Lunatic asylums United Provinces 1899-1908 - 1899-1908
Year: 1899
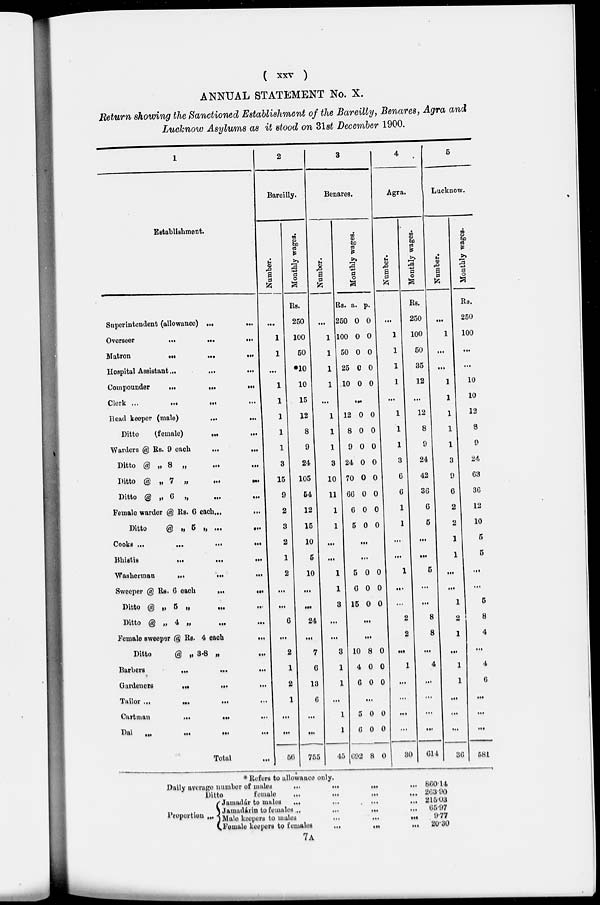
(
xxv
)
ANNUAL STATEMENT No. X.
Return showing the Sanctioned Establishment of the Bareilly, Benares, Agra and
Lucknow Asylums as it stood on 31st December 1900.
1
Establishment.
Superintendent (allowance) ...
...
Overseer
…
... …
Matron … … …
Hospital Assistant ...
... …
Compounder
... … …
Clerk ...
…
... …
Head keeper (male)
...
...
Ditto
(female)
…
...
Warders @ Rs. 9
each
... …
Ditto @ „ 8 „ …
Ditto @ „ 7 „
... …
Ditto @ „ 6 „ … …
Female warder @ Rs. 6 each... …
Ditto
@ „ 5 „ ...
...
Cooks ...
...
…
...
Bhistis
...
...
...
Washerman
...
... …
Sweeper @ Rs. 6 each … …
Ditto @ „ 5 „ … …
Ditto @ „ 4 „ … …
Female sweeper @ Rs. 4
each
...
Ditto
@ „ 3.8 „ …
Barbers … … …
Gardeners … … …
Tailor ...
Cartman
... … …
Dai … … … …
Total …
2
Bareilly.
Number.
…
1
1
...
1
1
1
1
1
3
15
9
2
3
2
1
2
…
...
6
...
2
1
2
1
…
…
56
Monthly wages.
Rs.
250
100
50
*10
10
15
12
8
9
24
105
54
12
15
10
5
10
…
…
24
...
7
6
13
6
...
...
755
3
Benares.
Number.
...
1
1
1
1
...
1
1
1
3
10
11
1
1
...
...
1
1
3
...
…
3
1
1
...
1
1
45
Monthly wages.
Rs.
250
100
50
25
10
a.
0
0
0
0
0
p.
0
0
0
0
0
…
12
8
9
24
70
66
6
5
0
0
0
0
0
0
0
0
0
0
0
0
0
0
0
0
...
...
5
6
15
0
0
0
0
0
0
...
...
10
4
6
8
0
0
0
0
0
...
5
6
692
0
0
8
0
0
0
4
Agra.
Number.
…
1
1
1
1
...
1
1
1
3
6
6
1
1
...
…
1
...
...
2
2
…
1
...
...
…
...
30
Monthly wages.
Rs.
250
100
50
35
12
...
12
8
9
24
42
36
6
5
...
…
5
...
…
8
8
...
4
…
...
…
...
614
5
Lucknow.
Number.
…
...
1
…
...
1
1
1
1
1
3
9
6
2
2
1
1
...
...
1
2
1
...
1
1
…
…
…
36
Monthly wages.
Rs.
250
100
...
...
10
10
12
8
9
24
63
36
12
10
5
5
…
…
5
8
4
…
4
6
...
…
…
581
* Refers to allowance only.
Daily average number of
males
...
... … …
Ditto
female … … … …
Proportion …
Jamadár to males
…
... … …
Jamadárin to females
…
... … …
Male keepers to males
... … …
Female keepers to females … … …
860.14
263.90
215.03
65.97
9.77
20.30
7A